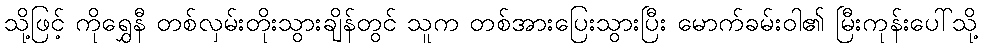
သို့ဖြင့် ကိုရွှေနီ တစ်လှမ်းတိုးသွားချိန်တွင် သူက တစ်အားပြေးသွားပြီး မောက်ခမ်းဝါ၏ မြီးကုန်းပေါ်သို့